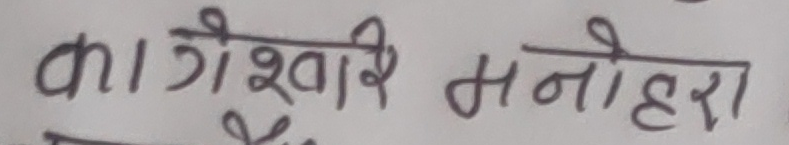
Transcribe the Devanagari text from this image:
का गैश्वा रिमनोहरा